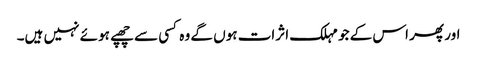
اور پھر اس کے جو مہلک اثرات ہوں گے وہ کسی سے چھپے ہوئے نہیں ہیں۔